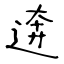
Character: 逩